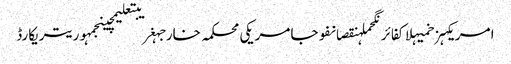
امریکہزخمیہلاکفائرنگحملہنقصانفوجامریکی محکمہ خارجہغریبتعلیمچینجمہوریتریکارڈ